Heimtali_vallavalitsus, lk 22
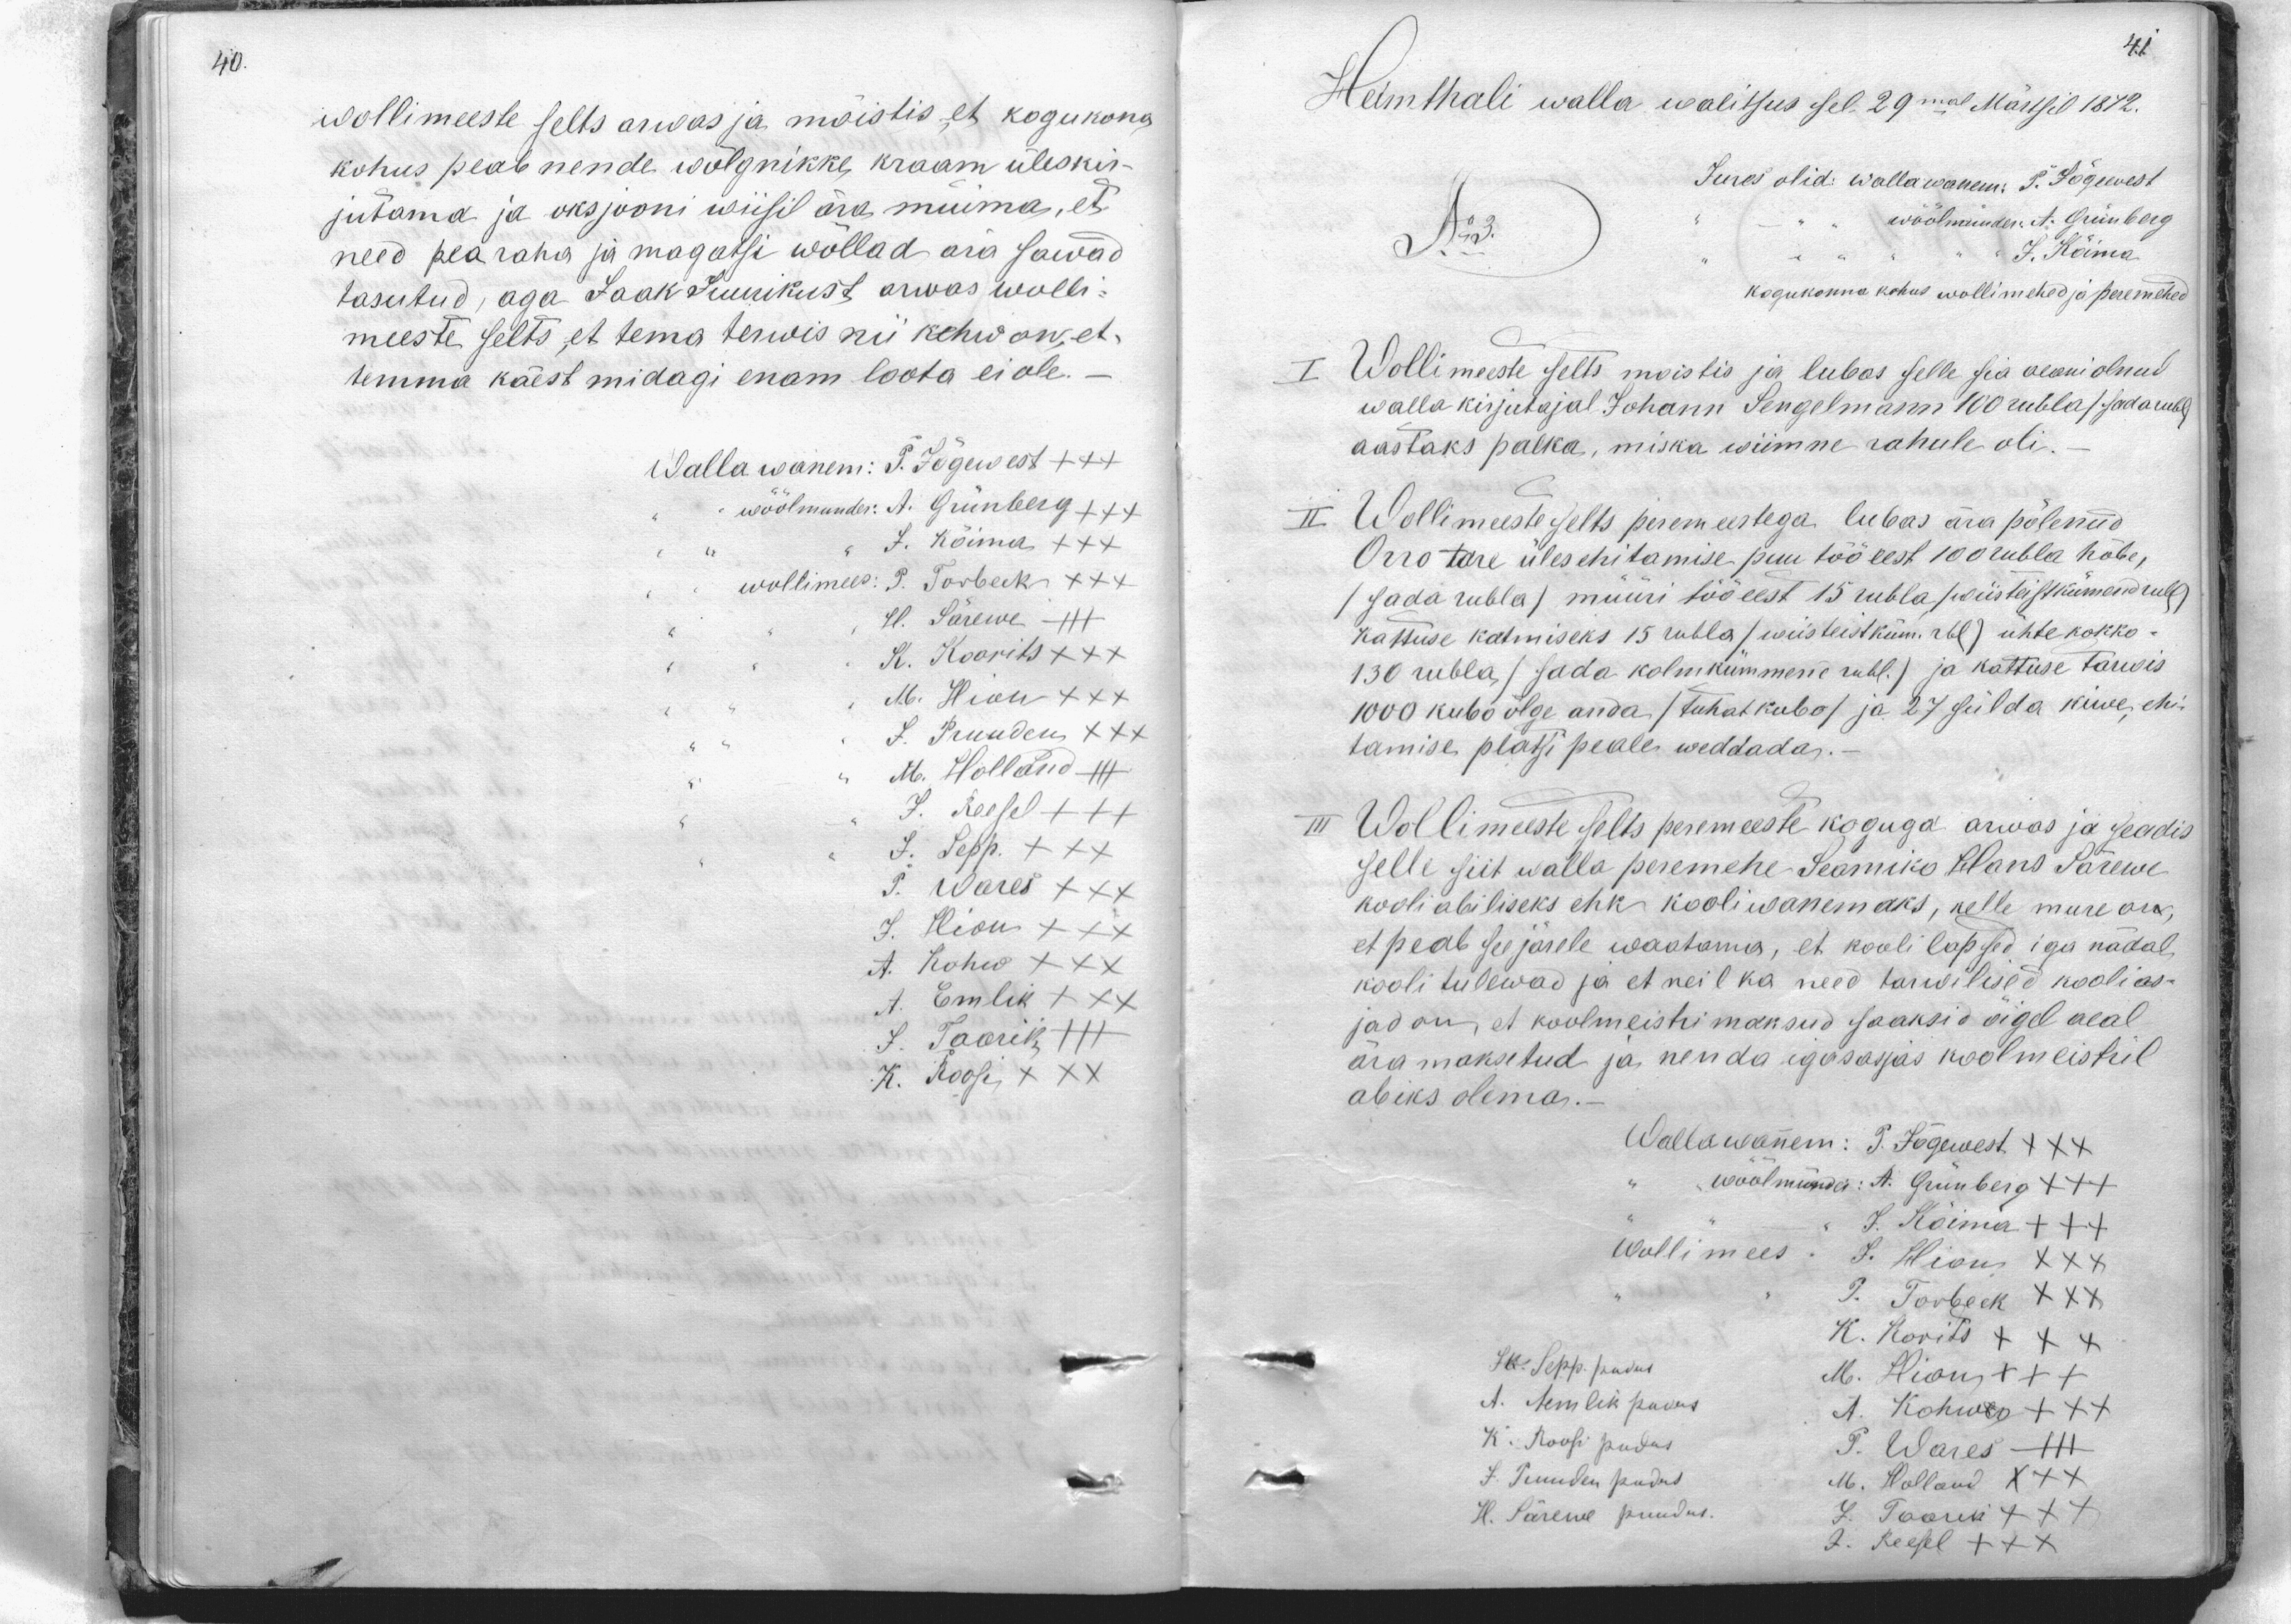
wollimeeste selts arwas ja mõistis, et kogukona
kohus peab nende wõlgnikke kraam üleskir-
jutama ja oksjooni wiisil ära muima, et
need pea raha ja magatsi wõllad ära sawad
tasutud, aga Jaak Juurikust arwas wolli-
meeste selts, et tema terwis nii kehw on, et
temma käest midagi enam loota ei ole.
Wallawanem: P. Jõgewest +++
wöölmunder: A. Günberg +++
J. Kõima XXX
wollimees: P. Torbeck XXX
H. Särewe
K. Koorits XXX
M. Hion XXX
J. Truuden XXX
M. Holland
J. Reesel XXX
J. Sepp. XXX
P. Wares XXX
J. Hion XXX
A. Kohw XXX
A. Emlik XXX
J. Taarik XXX
K. Roosi XXX

Heimthali walla walitsus sel 29mal Märtsil 1872.
Jures olid: wallawanem. P. Jõgewest
Nr3.
wöölmünder: A. Grünberg
J. Kõima
kogukonna kohus wollimehed ja peremehed
I Wollimeste selts moistis ja lubas selle sia aeani olnud
walla kirjutajal Johann Sengelmann 100 rubla (sada rub)
aastaks palka, miska wiimne rahule oli.
II Wollimeeste selts peremeestega lubas ära põlenud
Orro tare ülesehitamise puu töö eest 100 rubla hõbe,
(sada rubla) müüri töö eest 15 rubla, (wiisteistkümend rub)
kattuse katmiseks 15 rubla (viisteistküm. Al) ühte kokko-
130 rubla, (sada kolmkümmene rbl) ja kattuse tarwis
1000 kubo õlge anda (tuhat kubo) ja 27 sülda kiwe, ehk
lamise platsi peale weddada.
III Wollimeeste selts peremeeste koguga arwas ja seadis
selle siit walla peremehe Seamiko Hans Särewe
kooli abiliseks ehk kooliwanemaks, kelle mure on
et peab see järele waatama, et kooli lapsed iga nädal,
kooli tulewad ja et neil ka need tarwilised koolias-
jad on, et koolmeistri maksud saaksid õigel aeal
ära maksetud ja nenda igasasjas koolmeistril
abiks olema.
Wallawanem: P. Jõgewest +++
wöölmünder: A. Grünberg +++
J. Kõima +++
Wollimees. J. Hion XXX
P. Torbeck XXX
K. Korits XXX
J. Sepp pudus
M. Hion XXX
A. Emlik pudus
A. Kohw +++
K. Roosi pudus
P. Wares - 111
J. Truuden pudus
M. Holland XXX
H. Särewe puudus.
L. Toorik XXX
J. Reesel XXX